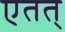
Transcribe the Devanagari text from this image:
एतत्‌